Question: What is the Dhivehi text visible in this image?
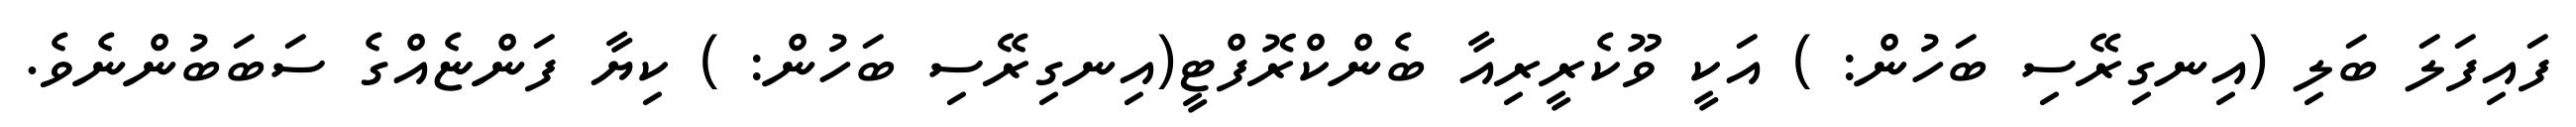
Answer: ފައިފަލަ ބަލި (އިނގިރޭސި ބަހުން: ) އަކީ ވޫކެރީރިއާ ބެންކްރޮފްޓީ(އިނގިރޭސި ބަހުން: ) ކިޔާ ފަންޏެއްގެ ސަބަބުންނެވެ.